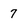
Character: 7